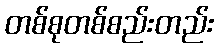
တစ်စုတစ်စည်းတည်း